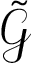
\tilde { \mathcal { G } }